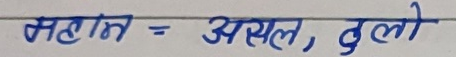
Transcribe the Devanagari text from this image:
महान = असल, ठुलो